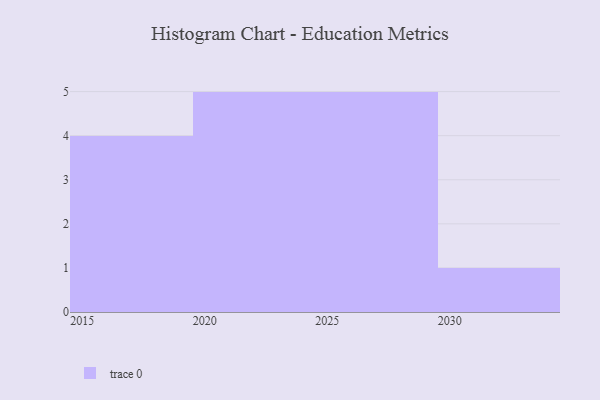
{"axis": {"x": "Year", "y": "Waste Production (Tons)"}, "legend": [""], "data": [{"x": "2015", "y": 69, "type": ""}, {"x": "2017", "y": 13, "type": ""}, {"x": "2027", "y": 13, "type": ""}, {"x": "2024", "y": 42, "type": ""}, {"x": "2020", "y": 24, "type": ""}, {"x": "2021", "y": 50, "type": ""}, {"x": "2030", "y": 30, "type": ""}, {"x": "2028", "y": 77, "type": ""}, {"x": "2018", "y": 100, "type": ""}, {"x": "2022", "y": 78, "type": ""}, {"x": "2016", "y": 43, "type": ""}, {"x": "2026", "y": 54, "type": ""}, {"x": "2029", "y": 46, "type": ""}, {"x": "2023", "y": 49, "type": ""}, {"x": "2025", "y": 84, "type": ""}]}